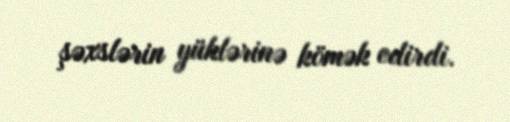
şəxslərin yüklərinə kömək edirdi.